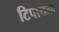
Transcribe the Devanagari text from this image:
टिपायला